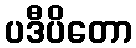
ပဒီပိတော